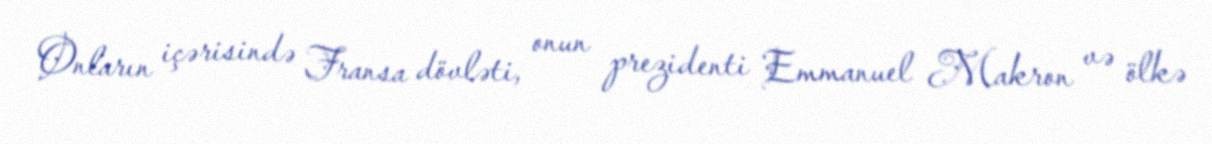
Onların içərisində Fransa dövləti, onun prezidenti Emmanuel Makron və ölkə